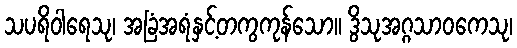
သပရိဝါရေသု၊ အခြံအရံနှင့်တကွကုန်သော။ ဒွိသုအဂ္ဂသာဝကေသု၊